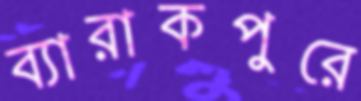
ব্যারাকপুরে